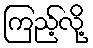
ကြည့်လို့